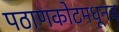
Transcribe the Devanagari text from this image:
पठाणकोटमधूनच